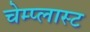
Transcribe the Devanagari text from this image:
चेम्प्लास्ट